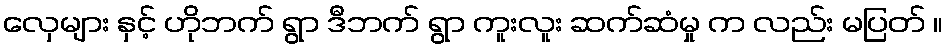
လှေများ နှင့် ဟိုဘက် ရွာ ဒီဘက် ရွာ ကူးလူး ဆက်ဆံမှု က လည်း မပြတ် ။